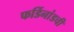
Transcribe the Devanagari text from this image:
फर्डिनांडची